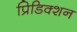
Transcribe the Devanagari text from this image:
प्रिडिक्शन